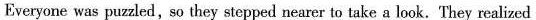
Everyone was puzzled, so they stepped nearer to take a look.They realized